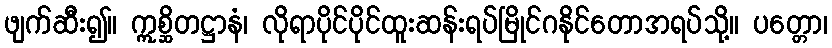
ဖျက်ဆီး၍။ ဣစ္ဆိတဋ္ဌာနံ၊ လိုရာပိုင်ပိုင်ထူးဆန်းရပ်မြိုင်ဂနိုင်တောအရပ်သို့။ ပတ္တော၊